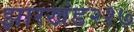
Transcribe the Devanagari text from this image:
झारखंड२१७